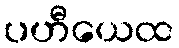
ပဟီယေထ